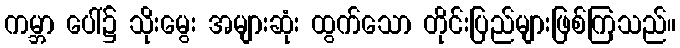
ကမ္ဘာ ပေါ်၌ သိုးမွေး အများဆုံး ထွက်သော တိုင်းပြည်များဖြစ်ကြသည်။